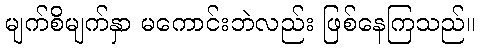
မျက်စိမျက်နှာ မကောင်းဘဲလည်း ဖြစ်နေကြသည်။